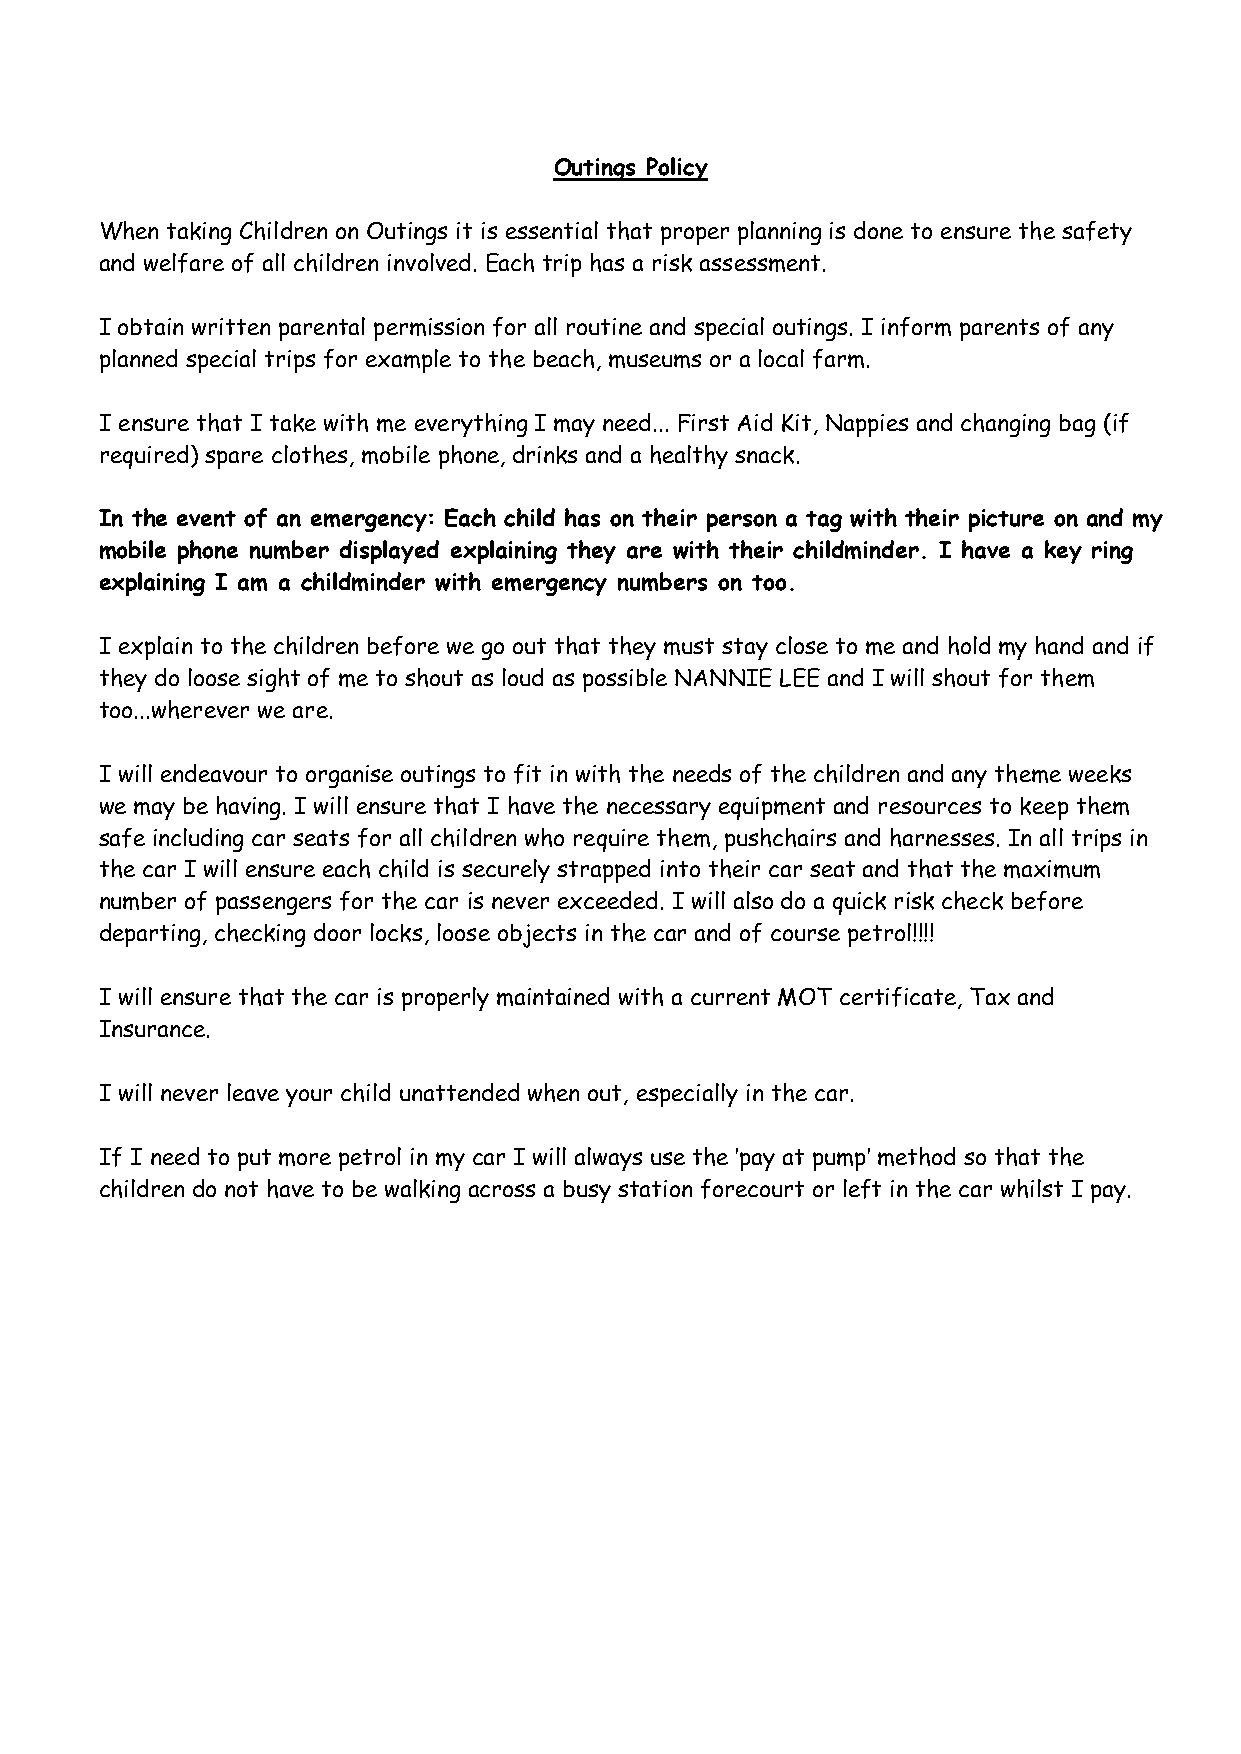
Outings Policy
 When taking Children on Outings it is essential that proper planning is done to ensure the safety
 and welfare of all children involved. Each trip has a risk assessment.
 I obtain written parental permission for all routine and special outings. I inform parents of any
 planned special trips for example to the beach, museums or a local farm.
 I ensure that I take with me everything I may need... First Aid Kit, Nappies and changing bag (if
 required) spare clothes, mobile phone, drinks and a healthy snack.
 In the event of an emergency: Each child has on their person a tag with their picture on and my
 mobile phone number displayed explaining they are with their childminder. I have a key ring
 explaining I am a childminder with emergency numbers on too.
 I explain to the children before we go out that they must stay close to me and hold my hand and if
 they do loose sight of me to shout as loud as possible NANNIE LEE and I will shout for them
 too...wherever we are.
 I will endeavour to organise outings to fit in with the needs of the children and any theme weeks
 we may be having. I will ensure that I have the necessary equipment and resources to keep them
 safe including car seats for all children who require them, pushchairs and harnesses. In all trips in
 the car I will ensure each child is securely strapped into their car seat and that the maximum
 number of passengers for the car is never exceeded. I will also do a quick risk check before
 departing, checking door locks, loose objects in the car and of course petrol!!!!
 I will ensure that the car is properly maintained with a current MOT certificate, Tax and
 Insurance.
 I will never leave your child unattended when out, especially in the car.
 If I need to put more petrol in my car I will always use the ’pay at pump’ method so that the
 children do not have to be walking across a busy station forecourt or left in the car whilst I pay.